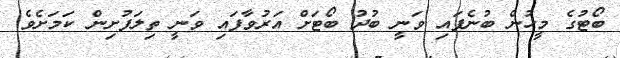
ބޯޓުގެ މީހުން ބުނެފައި ވަނީ ބުދު ބޯޓަށް އަރުވާފައި ވަނީ ތިލަފުށިން ކަމަށެވެ.